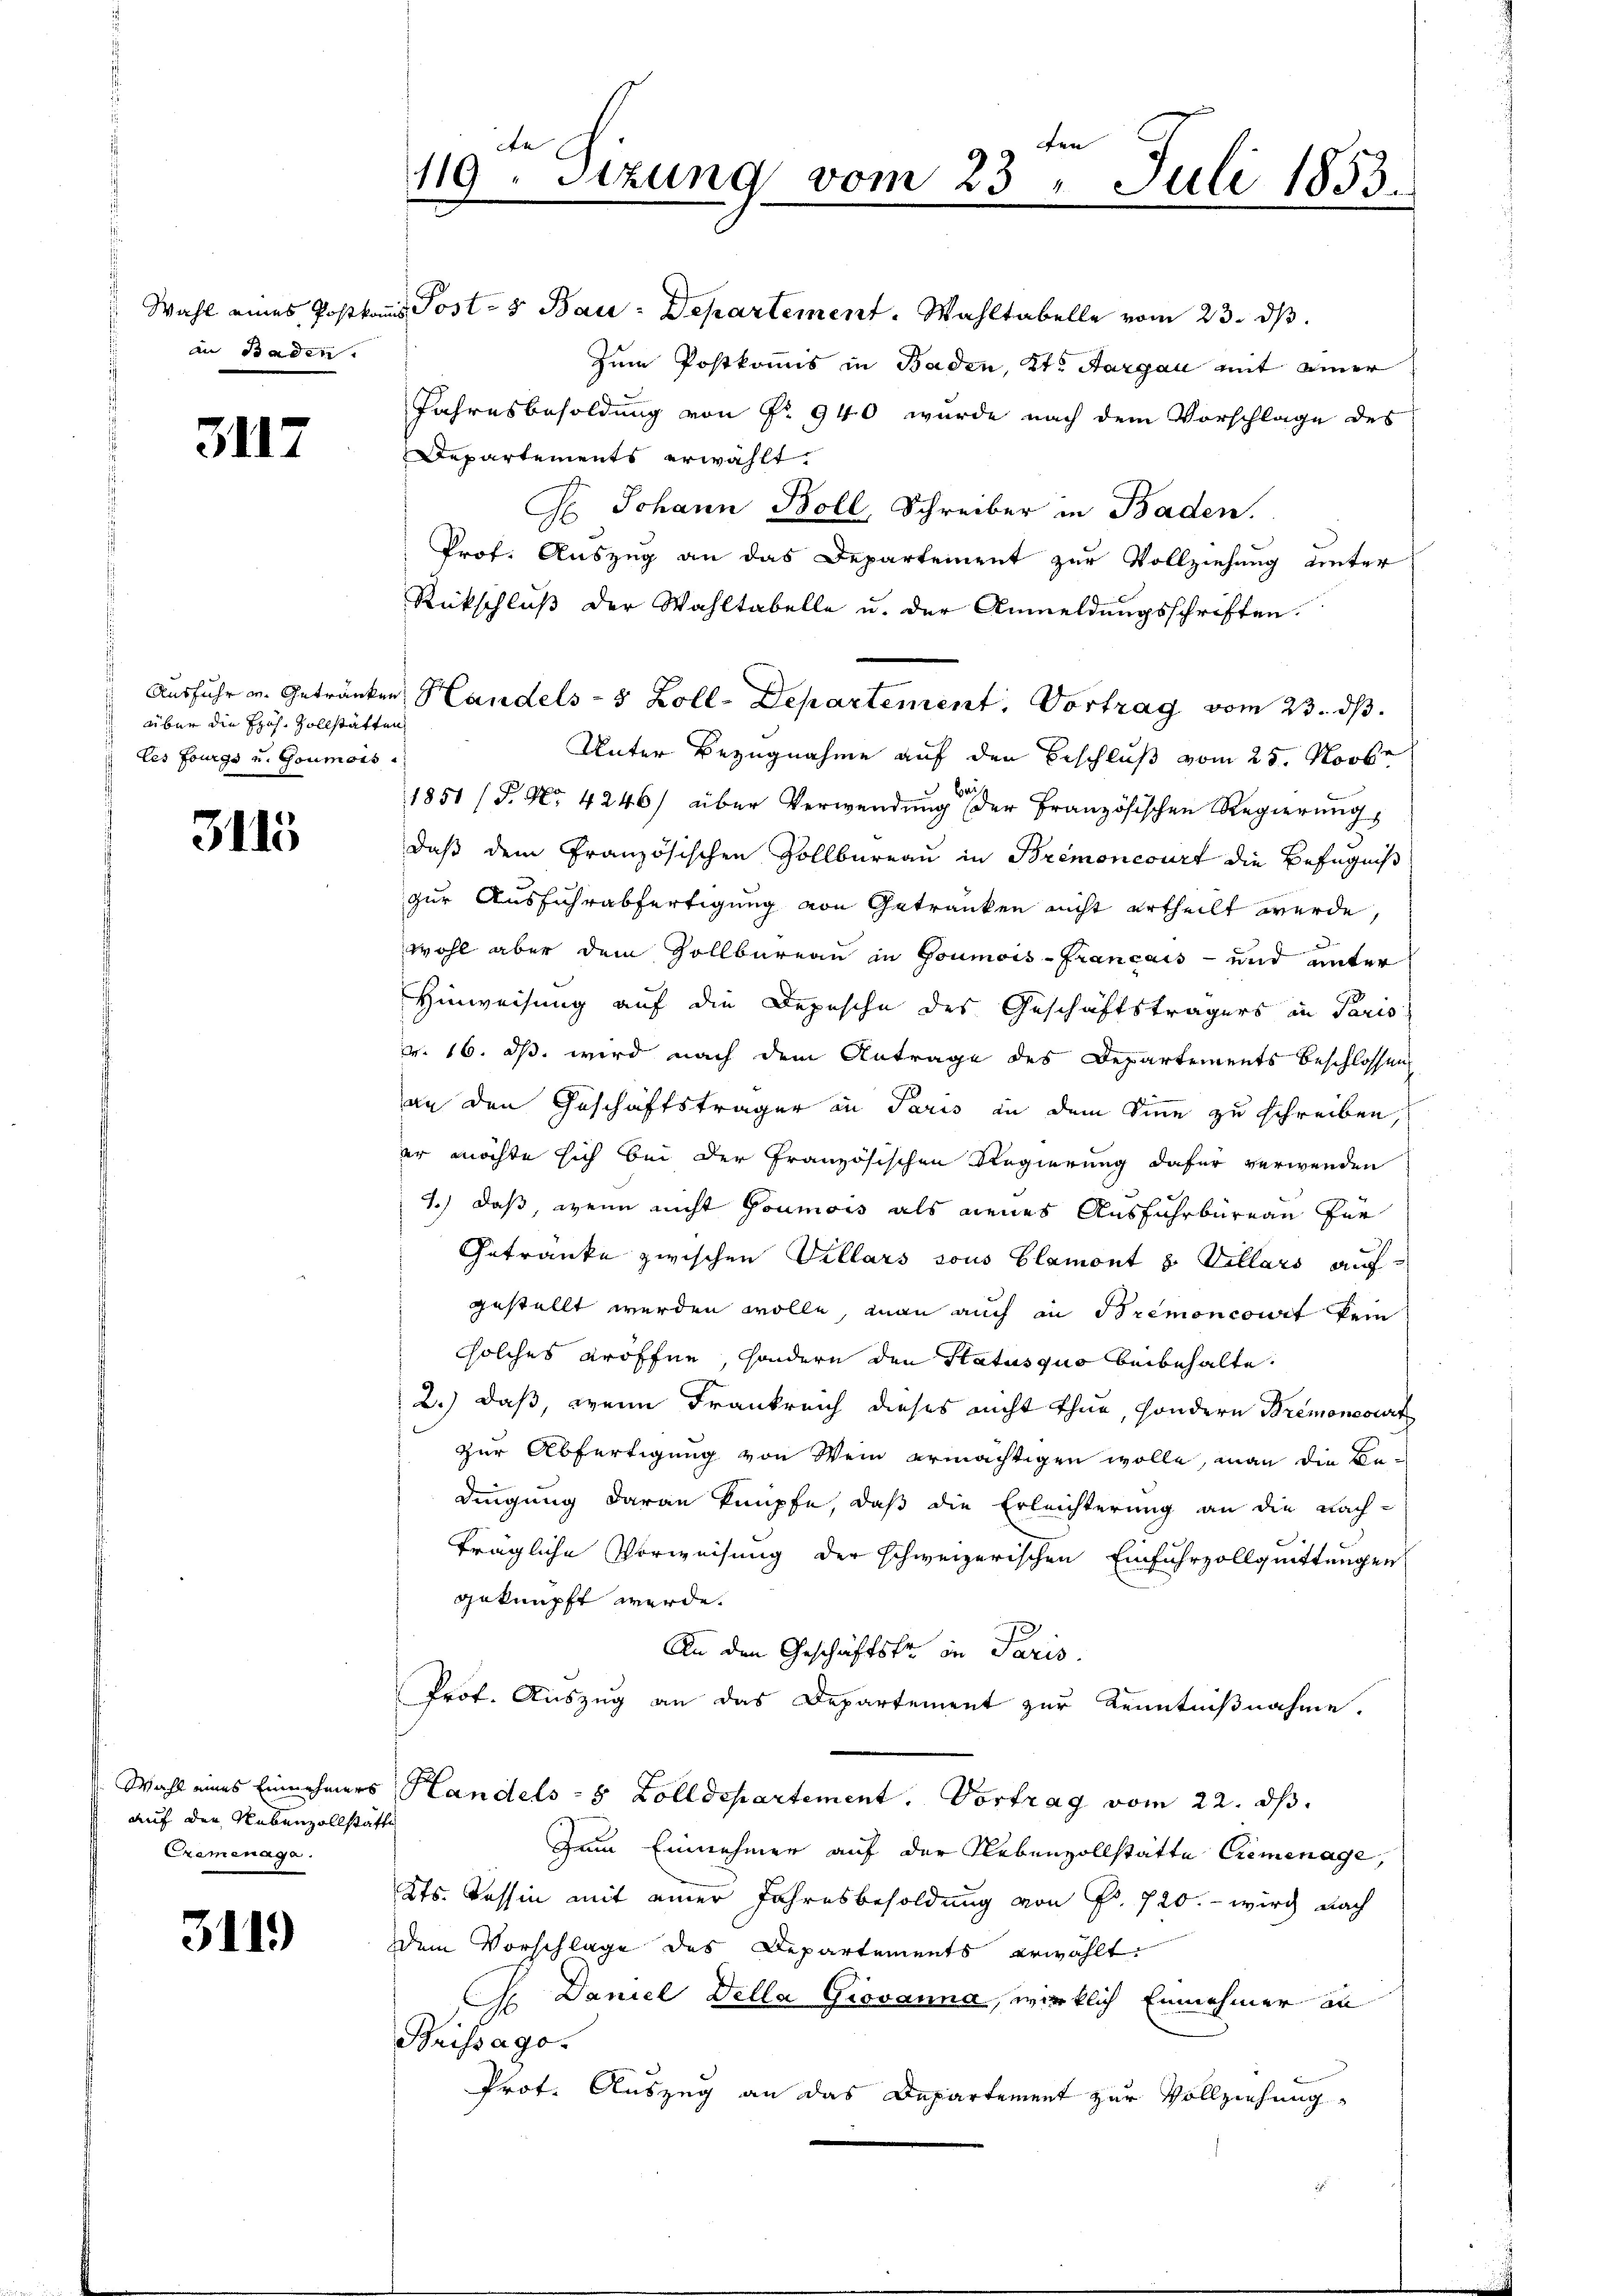
an Baden.

3117

über die Hoh. Zollstätten
les Fourgs u. Goumois.

3115

auf der Rebenzollstätte
Cremenage.

311)

Wahl eines Postkomis Post- & Bau-Departement. Wahltabelle vom 23. dβ.
Zum Postkommis in Baden, Kt. Aargau mit einer
Jahresbesoldung von Nr. 940 wurde nach dem Vorschlage des
Departements erwählt.
H. Johann Boll, Schreiber in Baden.
Prof. Auszug an das Departement zur Vollziehung unter
Rückschluß der Wahltabelle u. der Anmeldungsschriften.
Ausfuhr u. Getränken Handels- 5 Zoll-Departement. Vortrag vom 23. ds.
Unter Bezugnahme auf den Beschluß vom 25. Novbe
bei
1851 (S. Nr. 4246) über Verwendŭng der Französischen Regierŭng,
daß dem Französischen Zollbüreau in Bremoncourt die Befugniß
zur Ausführabfertigung von Getränken nicht ertheilt werde,
wohl aber dem Zollbureau in Goumois-Français - und unter
Hinweisung auf die Depesche des Geschäftsträgers in Paris
v. 16. ds. wird nach dem Antrage des Departements Beschlossen
an den Geschäftsträger in Paris in dem Sinne zu schreiben,
er möchte sich bei der Französischen Regierung dafür verwenden
1.) Daß, wenn nicht Goumois als neues Ausführbüreau für
Getränke zwischen Vellars sous blamont v. Villars auf
gestellt werden wolle, man auch in Bremoncourt kein
solches eröffne, sondern den Status quo beibehalte.
2.) daß, wenn Frankreich dieses nicht thue, sondern Bremoncourt
zur Abfertigung von Wein ermächtigen wolle, man die Bedingung daran knüpfe, daß die Erleichterung an die Nach-
trägliche Vorweisung der schweizerischen Einfuhrzollquittungen
geknüpft werde.
An den Geschäftsfr. in Paris.
Prof. Auszug an das Departement zur Kenntnißnahme.
Wahl eines Einnehmers Handels- & Zolldepartement. Vortrag vom 22. ds.
Zum Einnehmer auf der Nebenvollstätte Cremenage,
Kts. Tessin mit einer Jahresbesoldung von Fr. 720.- wird nach
dem Vorschlage des Departements erwählt.
J. Daniel Della Giovanna, wirklich Einnehmer an
Brissago.
Prot. Auszug an das Departement zur Vollziehung

fen
An
119. Sizung vom 23. Juli 1853.